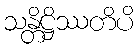
သန္တိဋ္ဌိဿတိပိ